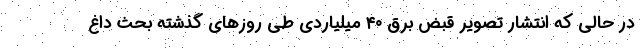
در حالی که انتشار تصویر قبض برق ۴۰ میلیاردی طی روزهای گذشته بحث داغ